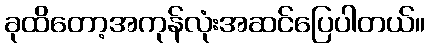
ခုထိတော့အကုန်လုံးအဆင်ပြေပါတယ်။